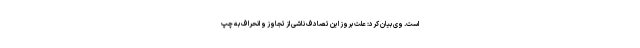
است. وی بیان کرد: علت بروز این تصادف ناشی از تجاوز و انحراف به چپ